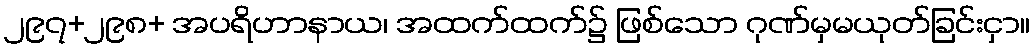
၂၉၇+၂၉၈+ အပရိဟာနာယ၊ အထက်ထက်၌ ဖြစ်သော ဂုဏ်မှမယုတ်ခြင်းငှာ။